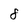
Character: 8